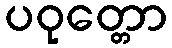
ပဝုတ္တော